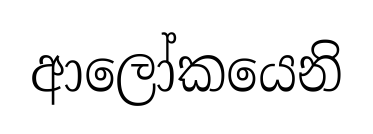
ආලෝකයෙනි